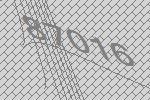
87016